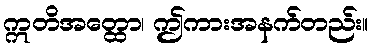
ဣတိအတ္ထော၊ ဤကားအနက်တည်း။